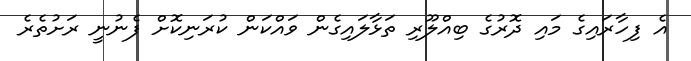
އެ ފިހާރައިގެ މައި ދޮރުގެ ބިއްލޫރި ތަޅާލައިގެން ވައްކަން ކުރަނިކޮށް ފެނުނީ ރަށުތެރެ